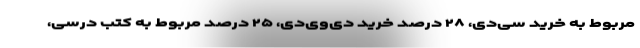
مربوط به خرید سی‌دی، ۲۸ درصد خرید دی‌وی‌دی، ۲۵ درصد مربوط به کتب درسی،